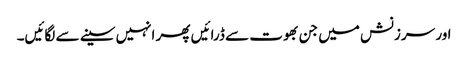
اور سرزنش میں جن بھوت سے ڈرائیں پھر انہیں سینے سے لگائیں۔